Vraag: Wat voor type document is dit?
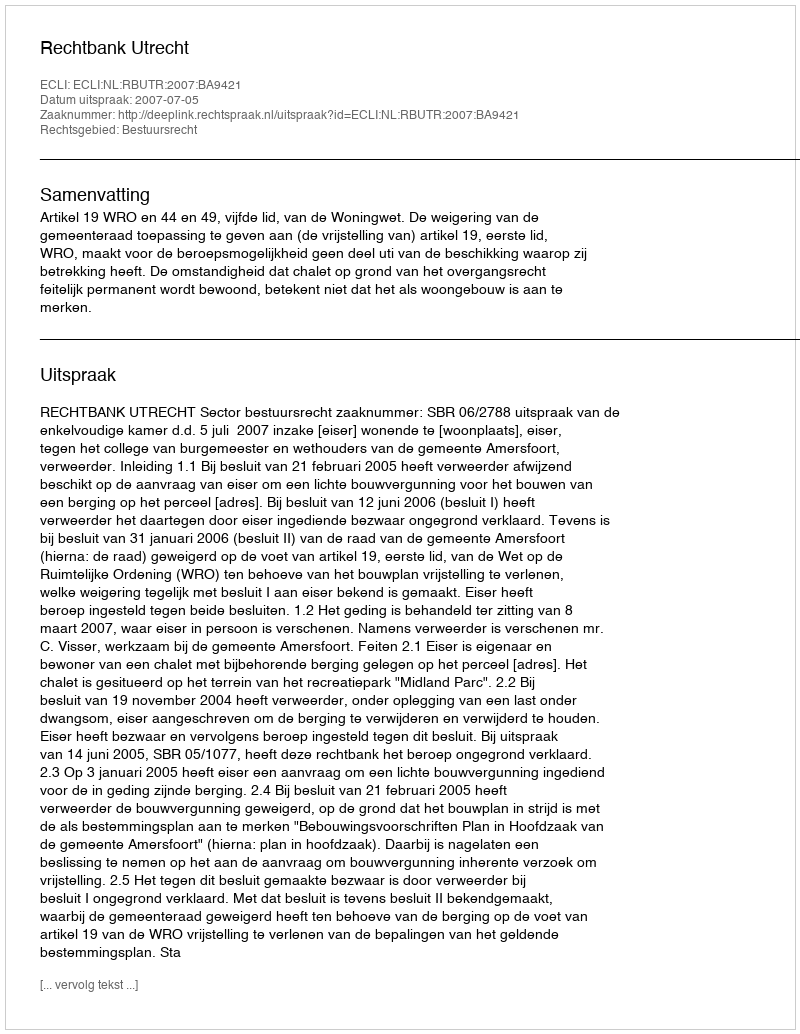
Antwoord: Uitspraak